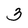
Character: 3